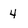
Character: 4